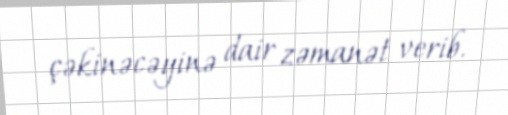
çəkinəcəyinə dair zəmanət verib.